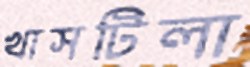
খাসটিলা